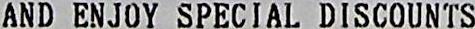
AND ENJOY SPECIAL DISCOUNTS